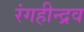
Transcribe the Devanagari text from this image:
रंगहीन्द्रव